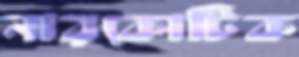
নারকোটিক